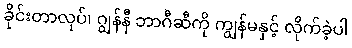
ခိုင်းတာလုပ်၊ ဂျွန်နီ ဘာဂီဆီကို ကျွန်မနှင့် လိုက်ခဲ့ပါ